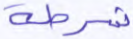
شرطة